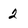
Character: 2